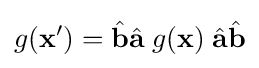
g(\mathbf {x} ^{\prime })={\hat {\mathbf {b} }}{\hat {\mathbf {a} }}\;g(\mathbf {x} )\;{\hat {\mathbf {a} }}{\hat {\mathbf {b} }}